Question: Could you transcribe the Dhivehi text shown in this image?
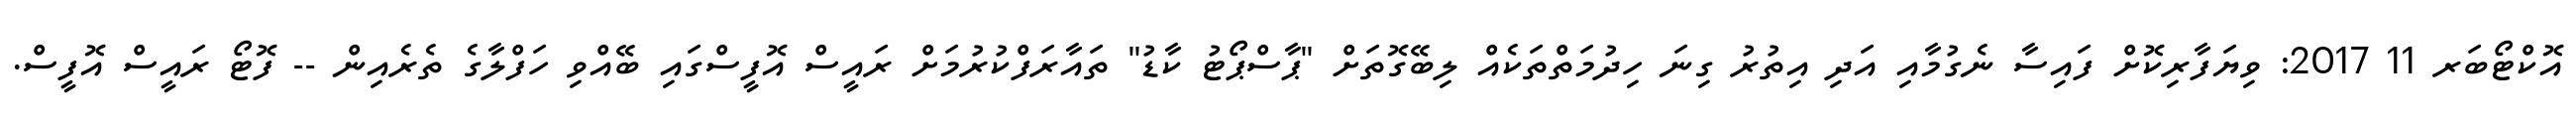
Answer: އޮކްޓޯބަރ 11 2017: ވިޔަފާރިކޮށް ފައިސާ ނެގުމާއި އަދި އިތުރު ގިނަ ހިދުމަތްތަކެއް ލިބޭގޮތަށް "ޕާސްޕޯޓު ކާޑު" ތައާރަފްކުރުމަށް ރައީސް އޮފީސްގައި ބޭއްވި ހަފްލާގެ ތެރެއިން -- ފޮޓޯ ރައީސް އޮފީސް.